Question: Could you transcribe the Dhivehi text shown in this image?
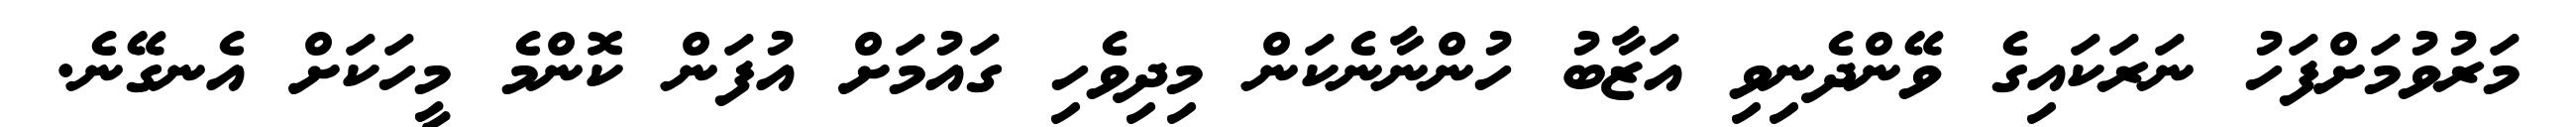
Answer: މަރުވުމަށްފަހު ނަރަކައިގެ ވޭންދެނިވި އަޒާބު ހުންނާނެކަން މިދިވެހި ގައުމަށް އުފަން ކޮންމެ މީހަކަށް އެނގޭނެ.